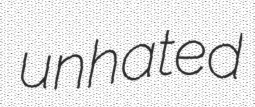
unhated